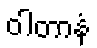
ဝါတာနံ